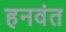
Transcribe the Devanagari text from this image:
हनवंत